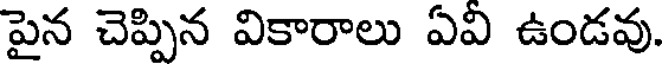
పైన చెప్పిన వికారాలు ఏవి ఉండవు.